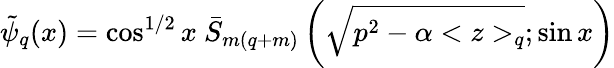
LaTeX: \tilde{\psi}_{q}(x)=\cos^{1/2}x\ \bar{S}_{m(q+m)}\left(\sqrt{p^{2}-\alpha<z>_{q}};\sin x\right)